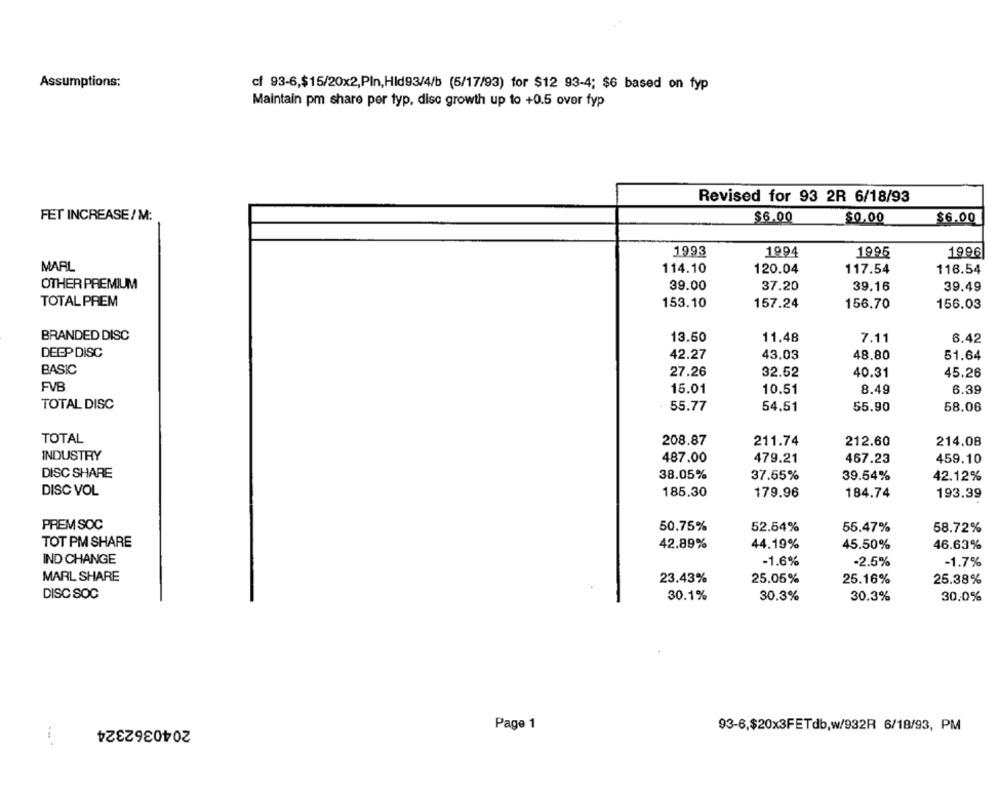
Assumptions;
cf 93-6,$15/20x2,Pln,Hid93/4/b (5/17/93) for $12 93-4; $6 based on fyp
Maintain pm share per typ, disc growth up to +0.5 over fyp
Revised for 93 2R 6/18/93
FET INCREASE/M:
$6.00
$0.00
$6.00
1993
1994
1995
1996
MARL
114.10
120.04
117.54
118.54
OTHER PREMIUM
39.00
37.20
39.16
39.49
TOTAL PREM
153.10
157.24
156.70
156.03
BRANDED DISC
13.50
11.48
7.11
6.42
DEEP DISC
42.27
43.03
48.80
51.64
BASIC
27.26
32.52
40.31
45.26
FVB
15.01
8.49
10.51
6.39
TOTAL DISC
55.77
54.51
55.90
58.06
TOTAL
208.87
211.74
212.60
214.08
INDUSTRY
487.00
479.21
467.23
459.10
DISC SHARE
38.05%
39.54%
37.55%
42.12%
DISC VOL
185.30
179.96
184.74
193.39
PREM SOC
50.75%
52.54%
55.47%
58.72%
TOT PM SHARE
42.89%
44.19%
45.50%
46.63%
IND CHANGE
-1.6%
-2.5%
-1.7%
MARL SHARE
23.43%
25.05%
25.16%
25.38%
DISC SOC
30.1%
30.3%
30.3%
30.0%
2040362324
Page 1
93-6,$20x3FETdb,w/932R 6/18/93, PM